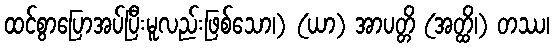
ထင်စွာပြောအပ်ပြီးမူလည်းဖြစ်သော၊) (ယာ) အာပတ္တိ (အတ္ထိ၊) တဿ၊